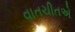
વાતચીતએ